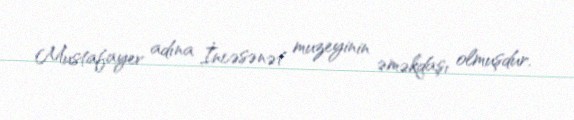
Mustafayev adına İncəsənət muzeyinin əməkdaşı olmuşdur.